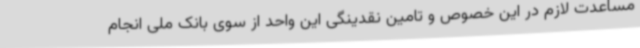
مساعدت لازم در این خصوص و تامین نقدینگی این واحد از سوی بانک ملی انجام